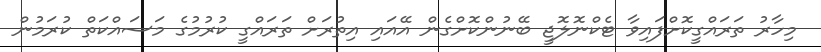
މިހާރު ތަރައްގީކޮށްފައިވާ ޓެކްނޮލޮޖީ ބޭނުންކޮށްގެން އޭއައި އިތުރަށް ތަރައްގީ ކުރުމުގެ މަސައްކަތް ކުރަމުން